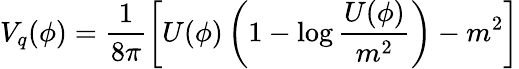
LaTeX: V_{q}(\phi)=\frac{1}{8\pi}\left[U(\phi)\left(1-\log\frac{U(\phi)}{m^{2}}\right)-m^{2}\right]